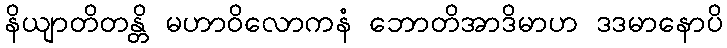
နိယျာတိတန္တိ မဟာဝိလောကနံ ဘောတိအာဒိမာဟ ဒဒမာနောပိ